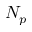
N _ { p }